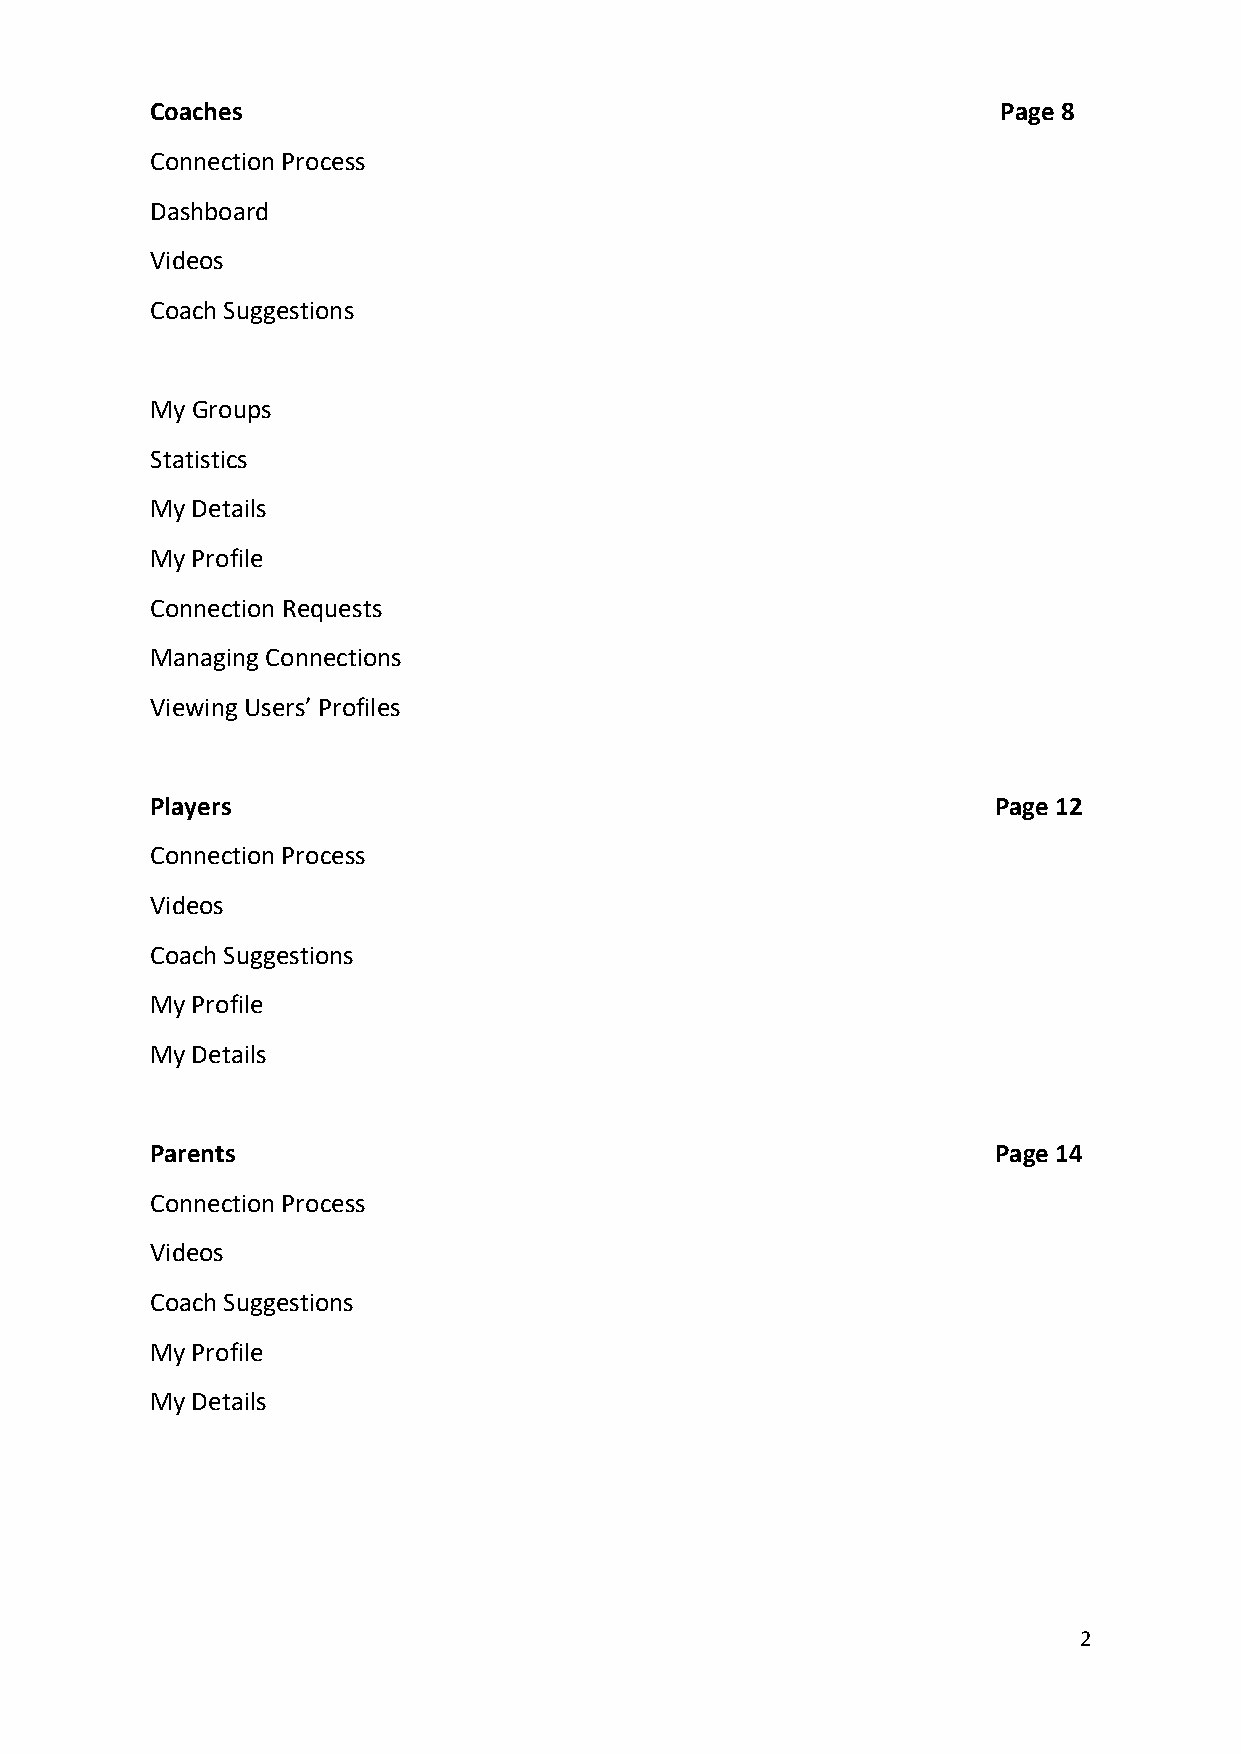
Coaches                                                 Page 8
 Connection Process
 Dashboard
 Videos
 Coach Suggestions
 My Groups
 Statistics
 My Details
 My Profile
 Connection Requests
 Managing Connections
 Viewing Users’ Profiles
 Players                                                 Page 12
 Connection Process
 Videos
 Coach Suggestions
 My Profile
 My Details
 Parents                                                 Page 14
 Connection Process
 Videos
 Coach Suggestions
 My Profile
 My Details
 2